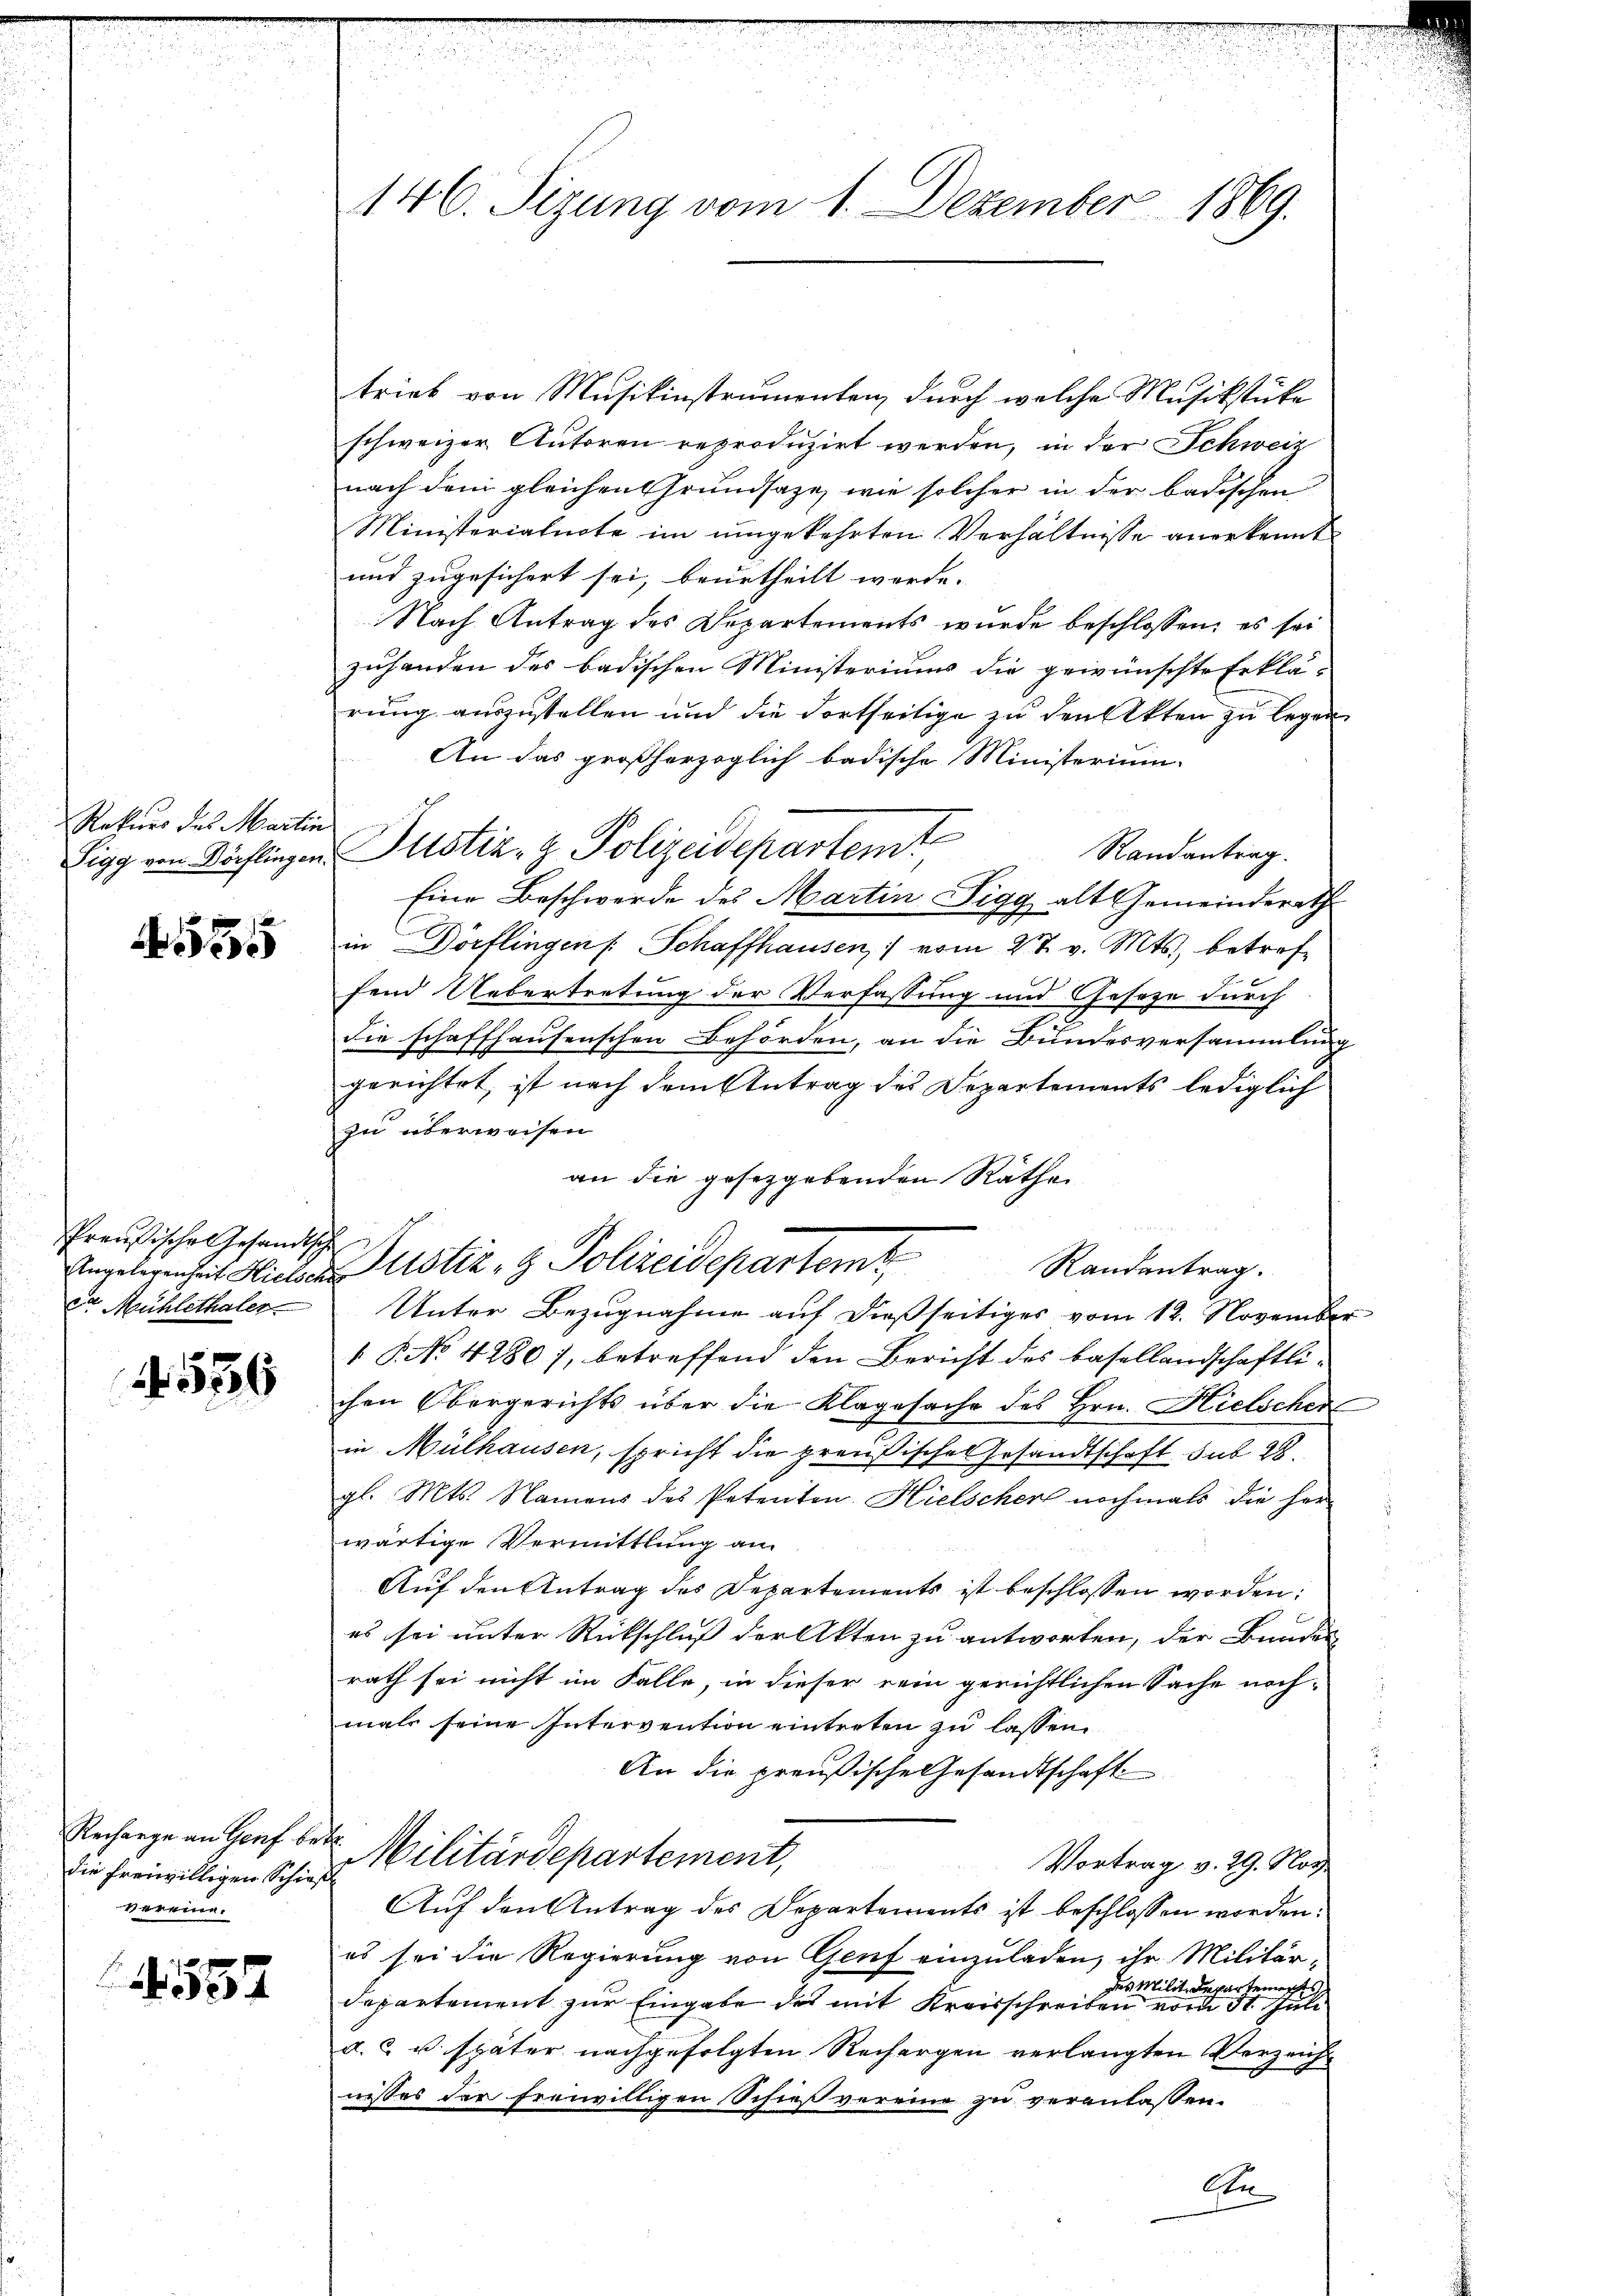
Rekurs des Martin

5

Preußisches Gesandtsche
De Mühlethaler

556

Rechange an Genf betr.
die freiwilligen Schieß
vereine.

539

146. Sizung vom 1. Dezember 1869.

trieb von Musikinstrumenten, durch welche Musikstücke
schweizer Autoren reproduzirt werden, in der Schweiz
nach dem gleichen Grundsatze, wie solcher in der badischen
Ministerialnote im umgekehrten Verhältnisse anerkennt
und zugesichert sei, beurtheilt werde.
Nach Antrag des Departements wurde beschlossen; es sei
zuhanden des badischen Ministeriums die gewünschte Erklä-
rung auszustellen und die dortseitige zu den Akten zu legen
An das großherzoglich badische Ministerium
Sigg von Döchlingen Justiz- & Polizeidepartemt
Randantrag.
Eine Beschwerde des Martin Sigg, alt Gemeinderath
in Dörflingen Schaffhausen, vom 27. v. Mts., betreffend Uebertretung der Verfassung und Gesetze durch
7
die schaffhausenschen Behörden, an die Bundesversammlung
gerichtet, ist nach dem Antrag des Departements lediglich
zu überweisen
an die gesetzgebenden Räthe
Unter Bezugnahme auf dießseitiges vom 12. November
1 No 4280), betreffend den Bericht des Basellandschaftlichen Obergerichts über die Klagesache des Hrn. Hielschen
in Mülhausen, spricht die preußische Gesandtschaft sub 28.
gl. Mts. Namens des Petenten Hielscher nochmals die herwärtige Vermittlung an
Auf den Antrag des Departements ist beschlossen worden:
es sei unter Rückschluß der Akten zu antworten, der Bunden
rath sei nicht im Falle, in dieser rein gerichtlichen Sache nochmals seine Intervention eintreten zu lassen
An die preußische Gesandtschaft
Militärdepartement,
Vortrag v. 29. Noch
Auf den Antrag des Departements ist beschlossen worden.
es sei die Regierung von Genf einzuladen, ihr Militär-
des Milit. Departement
departement zur Eingabe des mit Kreisschreiben vom 31. Juli
a. c. u. später nachgefolgten Rechergen verlangten Verzeicht
nisses der freiwilligen Schieß vereine zu veranlassen.
An

Angelegenheit Hinteres ustiz- & Polizeidepartem
Randantrag.